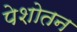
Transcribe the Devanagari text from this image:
पेशोतन